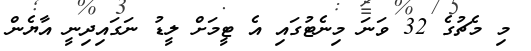
މި މެޗުގެ 32 ވަނަ މިނެޓުގައި އެ ޓީމަށް ލީޑު ނަގައިދިނީ އާޔެން